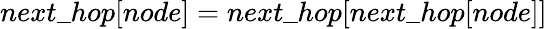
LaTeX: next\textunderscore hop[node]=next\textunderscore hop[next\textunderscore hop[node]]